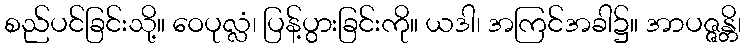
စည်ပင်ခြင်းသို့။ ဝေပုလ္လံ၊ ပြန့်ပွားခြင်းကို။ ယဒါ၊ အကြင်အခါ၌။ အာပဇ္ဇန္တိ၊